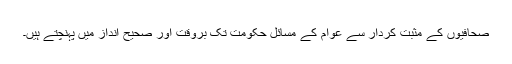
صحافیوں کے مثبت کردار سے عوام کے مسائل حکومت تک بروقت اور صحیح انداز میں پہنچتے ہیں۔